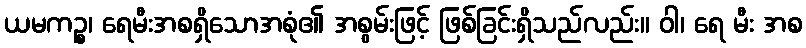
ယမကဉ္စ၊ ရေမီးအစရှိသောအစုံ၏ အစွမ်းဖြင့် ဖြစ်ခြင်းရှိသည်လည်း။ ဝါ၊ ရေ မီး အစ